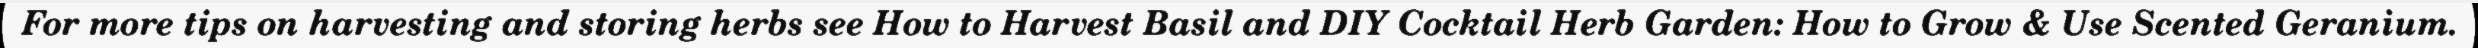
For more tips on harvesting and storing herbs see How to Harvest Basil and DIY Cocktail Herb Garden: How to Grow & Use Scented Geranium.